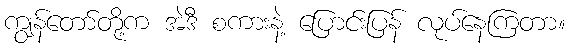
ကျွန်တော်တို့က အဲဒီ စကားနဲ့ ပြောင်းပြန် လုပ်နေကြတာ။